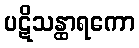
ပဋိသန္ထာရကော